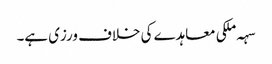
سہہ ملکی معاہدے کی خلاف ورزی ہے۔